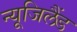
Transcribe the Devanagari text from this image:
न्यूजिलैंड